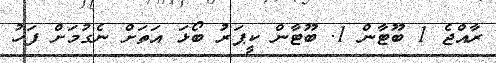
ރާއްޖެ 1 ބޫޓާން 1. ބޫޓާން ކީޕަރު ބޯޅަ އަތަށް ނެގުމަށް ފަހު